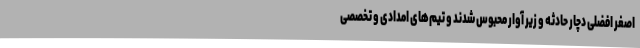
اصغر افضلی دچار حادثه و زیر آوار محبوس شدند و تیم‌های امدادی و تخصصی